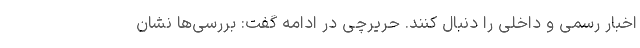
اخبار رسمی و داخلی را دنبال کنند. حریرچی در ادامه گفت: بررسی‌ها نشان